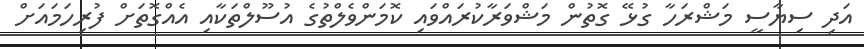
އަދި ސިޔާސީ މަޝްރަހާ ގުޅޭ ގޮތުން މަޝްވަރާކުރައްވައި ކޮމަންވެލްތުގެ އުސޫލްތަކާއި އެއްގޮތަށް ފުރިހަމައަށް